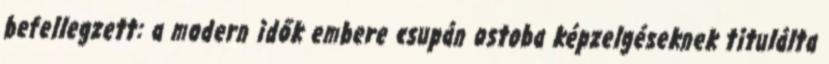
befellegzett: a modern idők embere csupán ostoba képzelgéseknek titulálta